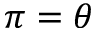
\pi = \theta